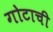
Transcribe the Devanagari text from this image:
गोटाची